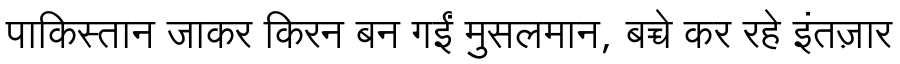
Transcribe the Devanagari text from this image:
पाकिस्तान जाकर किरन बन गईं मुसलमान, बच्चे कर रहे इंतज़ार